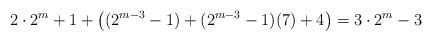
LaTeX: \begin{align*}2 \cdot 2^m+1 + \left((2^{m-3}-1) + (2^{m-3}-1)(7)+4\right) = 3 \cdot 2^m-3\end{align*}